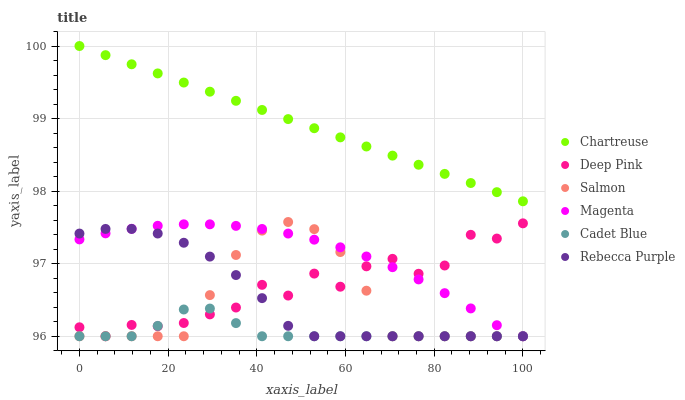
| xaxis_label | Chartreuse | Deep Pink | Salmon | Magenta | Cadet Blue | Rebecca Purple |
 | --- | --- | --- | --- | --- | --- | --- |
 | 0 | 100 | 96.1 | 96 | 97.3 | 96 | 97.4 |
 | 5.88 | 99.9 | 96 | 96 | 97.4 | 96 | 97.5 |
 | 11.8 | 99.7 | 96.2 | 96 | 97.5 | 96 | 97.5 |
 | 17.6 | 99.6 | 96.1 | 96 | 97.5 | 96.1 | 97.4 |
 | 23.5 | 99.5 | 96.2 | 96 | 97.5 | 96.4 | 97.3 |
 | 29.4 | 99.4 | 96.3 | 96.6 | 97.5 | 96.4 | 97.1 |
 | 35.3 | 99.2 | 96.4 | 97.1 | 97.5 | 96.2 | 96.8 |
 | 41.2 | 99.1 | 96.7 | 97.5 | 97.5 | 96 | 96.5 |
 | 47.1 | 99 | 96.6 | 97.6 | 97.4 | 96 | 96.1 |
 | 52.9 | 98.9 | 96.9 | 97.5 | 97.3 | 96 | 96 |
 | 58.8 | 98.7 | 96.7 | 97.2 | 97.2 | 96 | 96 |
 | 64.7 | 98.6 | 97 | 96.6 | 97.1 | 96 | 96 |
 | 70.6 | 98.5 | 97.1 | 96 | 97 | 96 | 96 |
 | 76.5 | 98.4 | 96.9 | 96 | 96.8 | 96 | 96 |
 | 82.4 | 98.2 | 97 | 96 | 96.6 | 96 | 96 |
 | 88.2 | 98.1 | 97.4 | 96 | 96.4 | 96 | 96 |
 | 94.1 | 98 | 97.3 | 96 | 96.2 | 96 | 96 |
 | 100 | 97.9 | 97.6 | 96 | 96 | 96 | 96 |